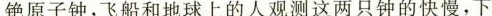
铯原子钟，飞船和地球上的人观测这两只钟的快慢，下